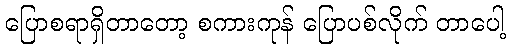
ပြောစရာရှိတာတော့ စကားကုန် ပြောပစ်လိုက် တာပေါ့